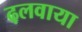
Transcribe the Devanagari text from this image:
ढ़लवाया